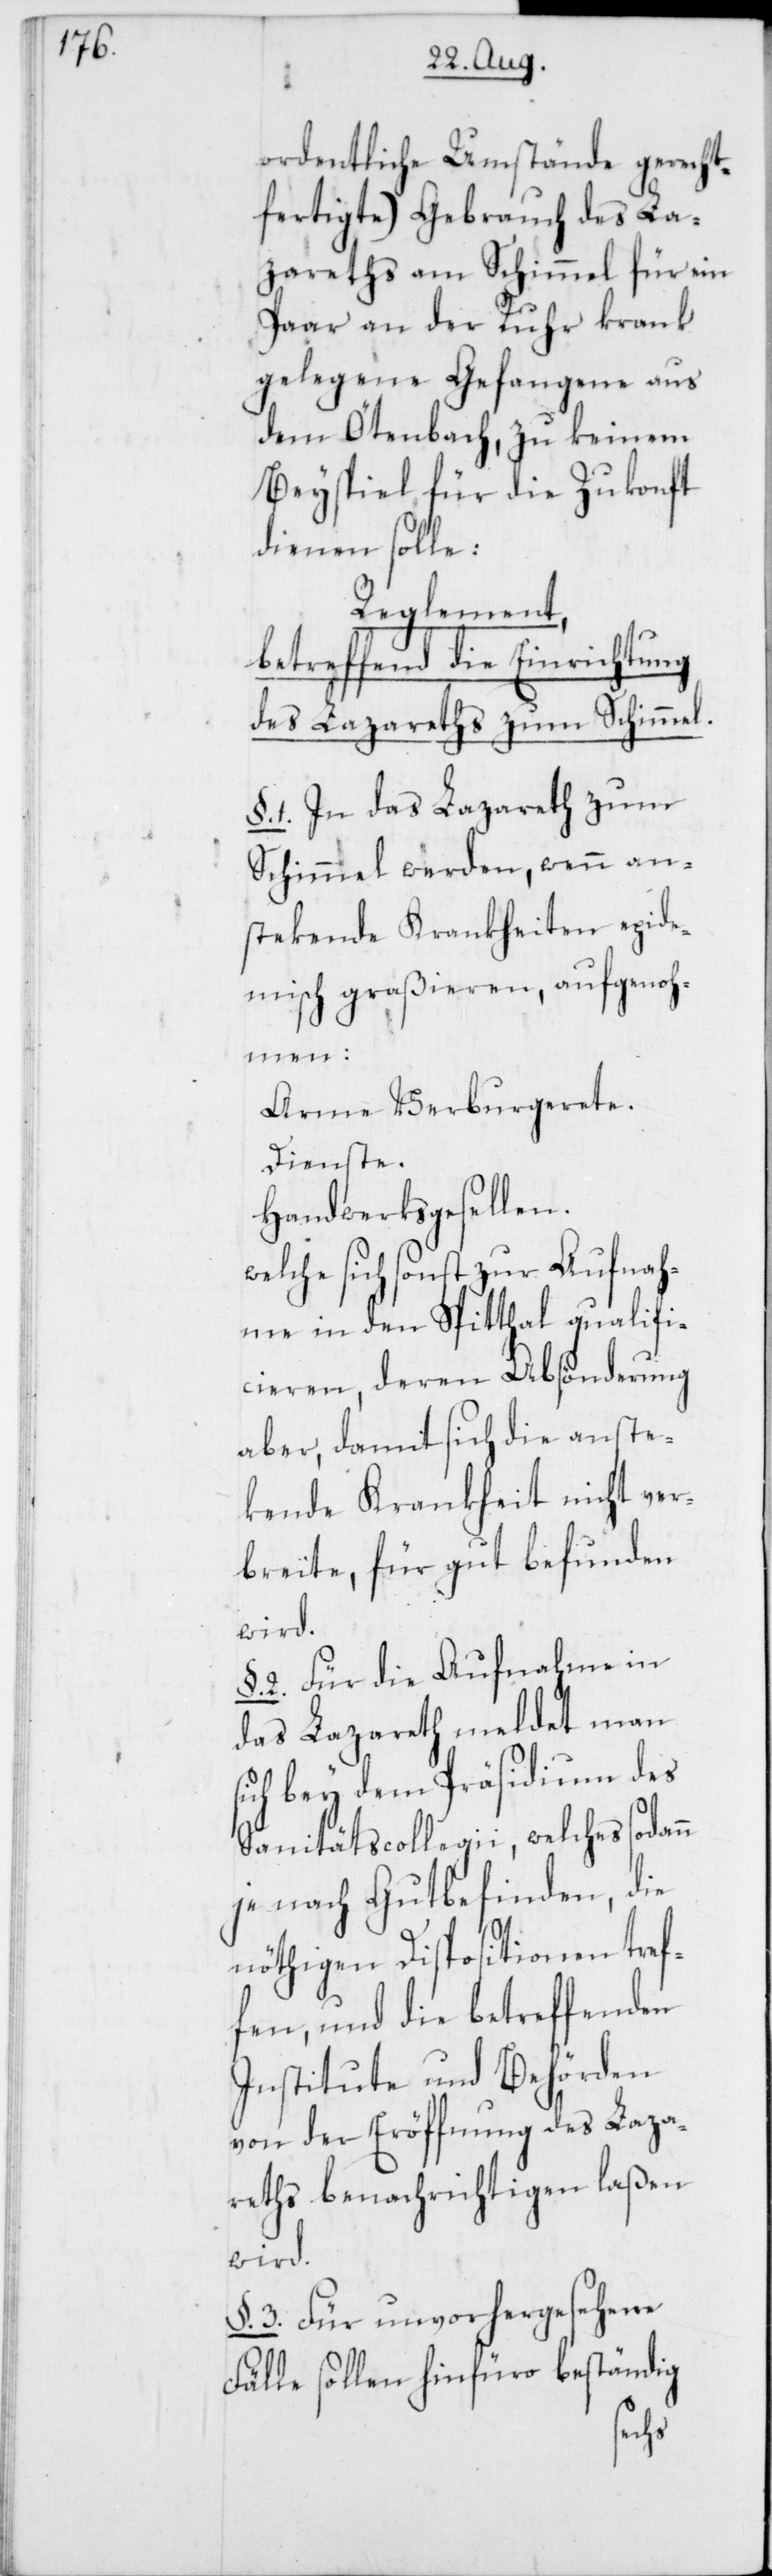
ordentliche Umstände gerecht¬
fertigte) Gebrauch des La¬
zaretts am Schimmel für ein
Paar an der Ruhr krank
gelegene Gefangene aus
dem Ötenbach, zu keinem
Beyspiel für die Zukonft
dienen solle:
Reglement,
betreffend die Einrichtung
des Lazareths zum Schimmel.
§. 1. In das Lazareth zum
Schimmel werden, wenn an¬
stekende Krankheiten epide¬
misch graßieren, aufgenoh¬
men:
Arme Verburgerete.
Dienste.
Handwerksgesellen.
welche sich sonst zur Aufnah¬
me in den Spitthal qualifi¬
cieren, deren Absönderung
aber, damit sich die anste¬
kende Krankheit nicht ver¬
breite, für gut befunden
wird.
2. Für die Aufnahme in
das Lazareth meldet man
sich bey dem Präsidium des
Sanitätscollegii, welches sodann
je nach Gutbefinden, die
nöthigen Dispositionen tref¬
fen, und die betreffenden
Institute und Behörden
von der Eröffnung des Laza¬
reths benachrichtigen laßen
wird.
§. 3. Für unvorhergesehene
Fälle sollen hinfüro beständig